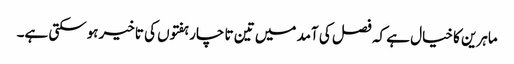
ماہرین کا خیال ہے کہ فصل کی آمد میں تین تا چار ہفتوں کی تاخیر ہوسکتی ہے۔